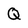
Character: Q